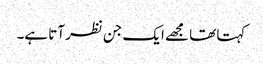
کہتا تھا مجھے ایک جن نظر آتا ہے۔